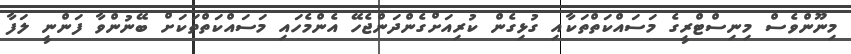
މިނޫންވެސް މިނިސްޓްރީގެ މަސައްކަތްތަކާއި ގުޅިގެން ކުރިއަށްގެންދަންޖެހޭ އެންމެހައި މަސައްކަތްތަކަށް ބޭނުންވާ ފަންނީ ލަފާ